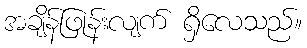
အချိန်ဖြုန်းလျက် ရှိလေသည်။